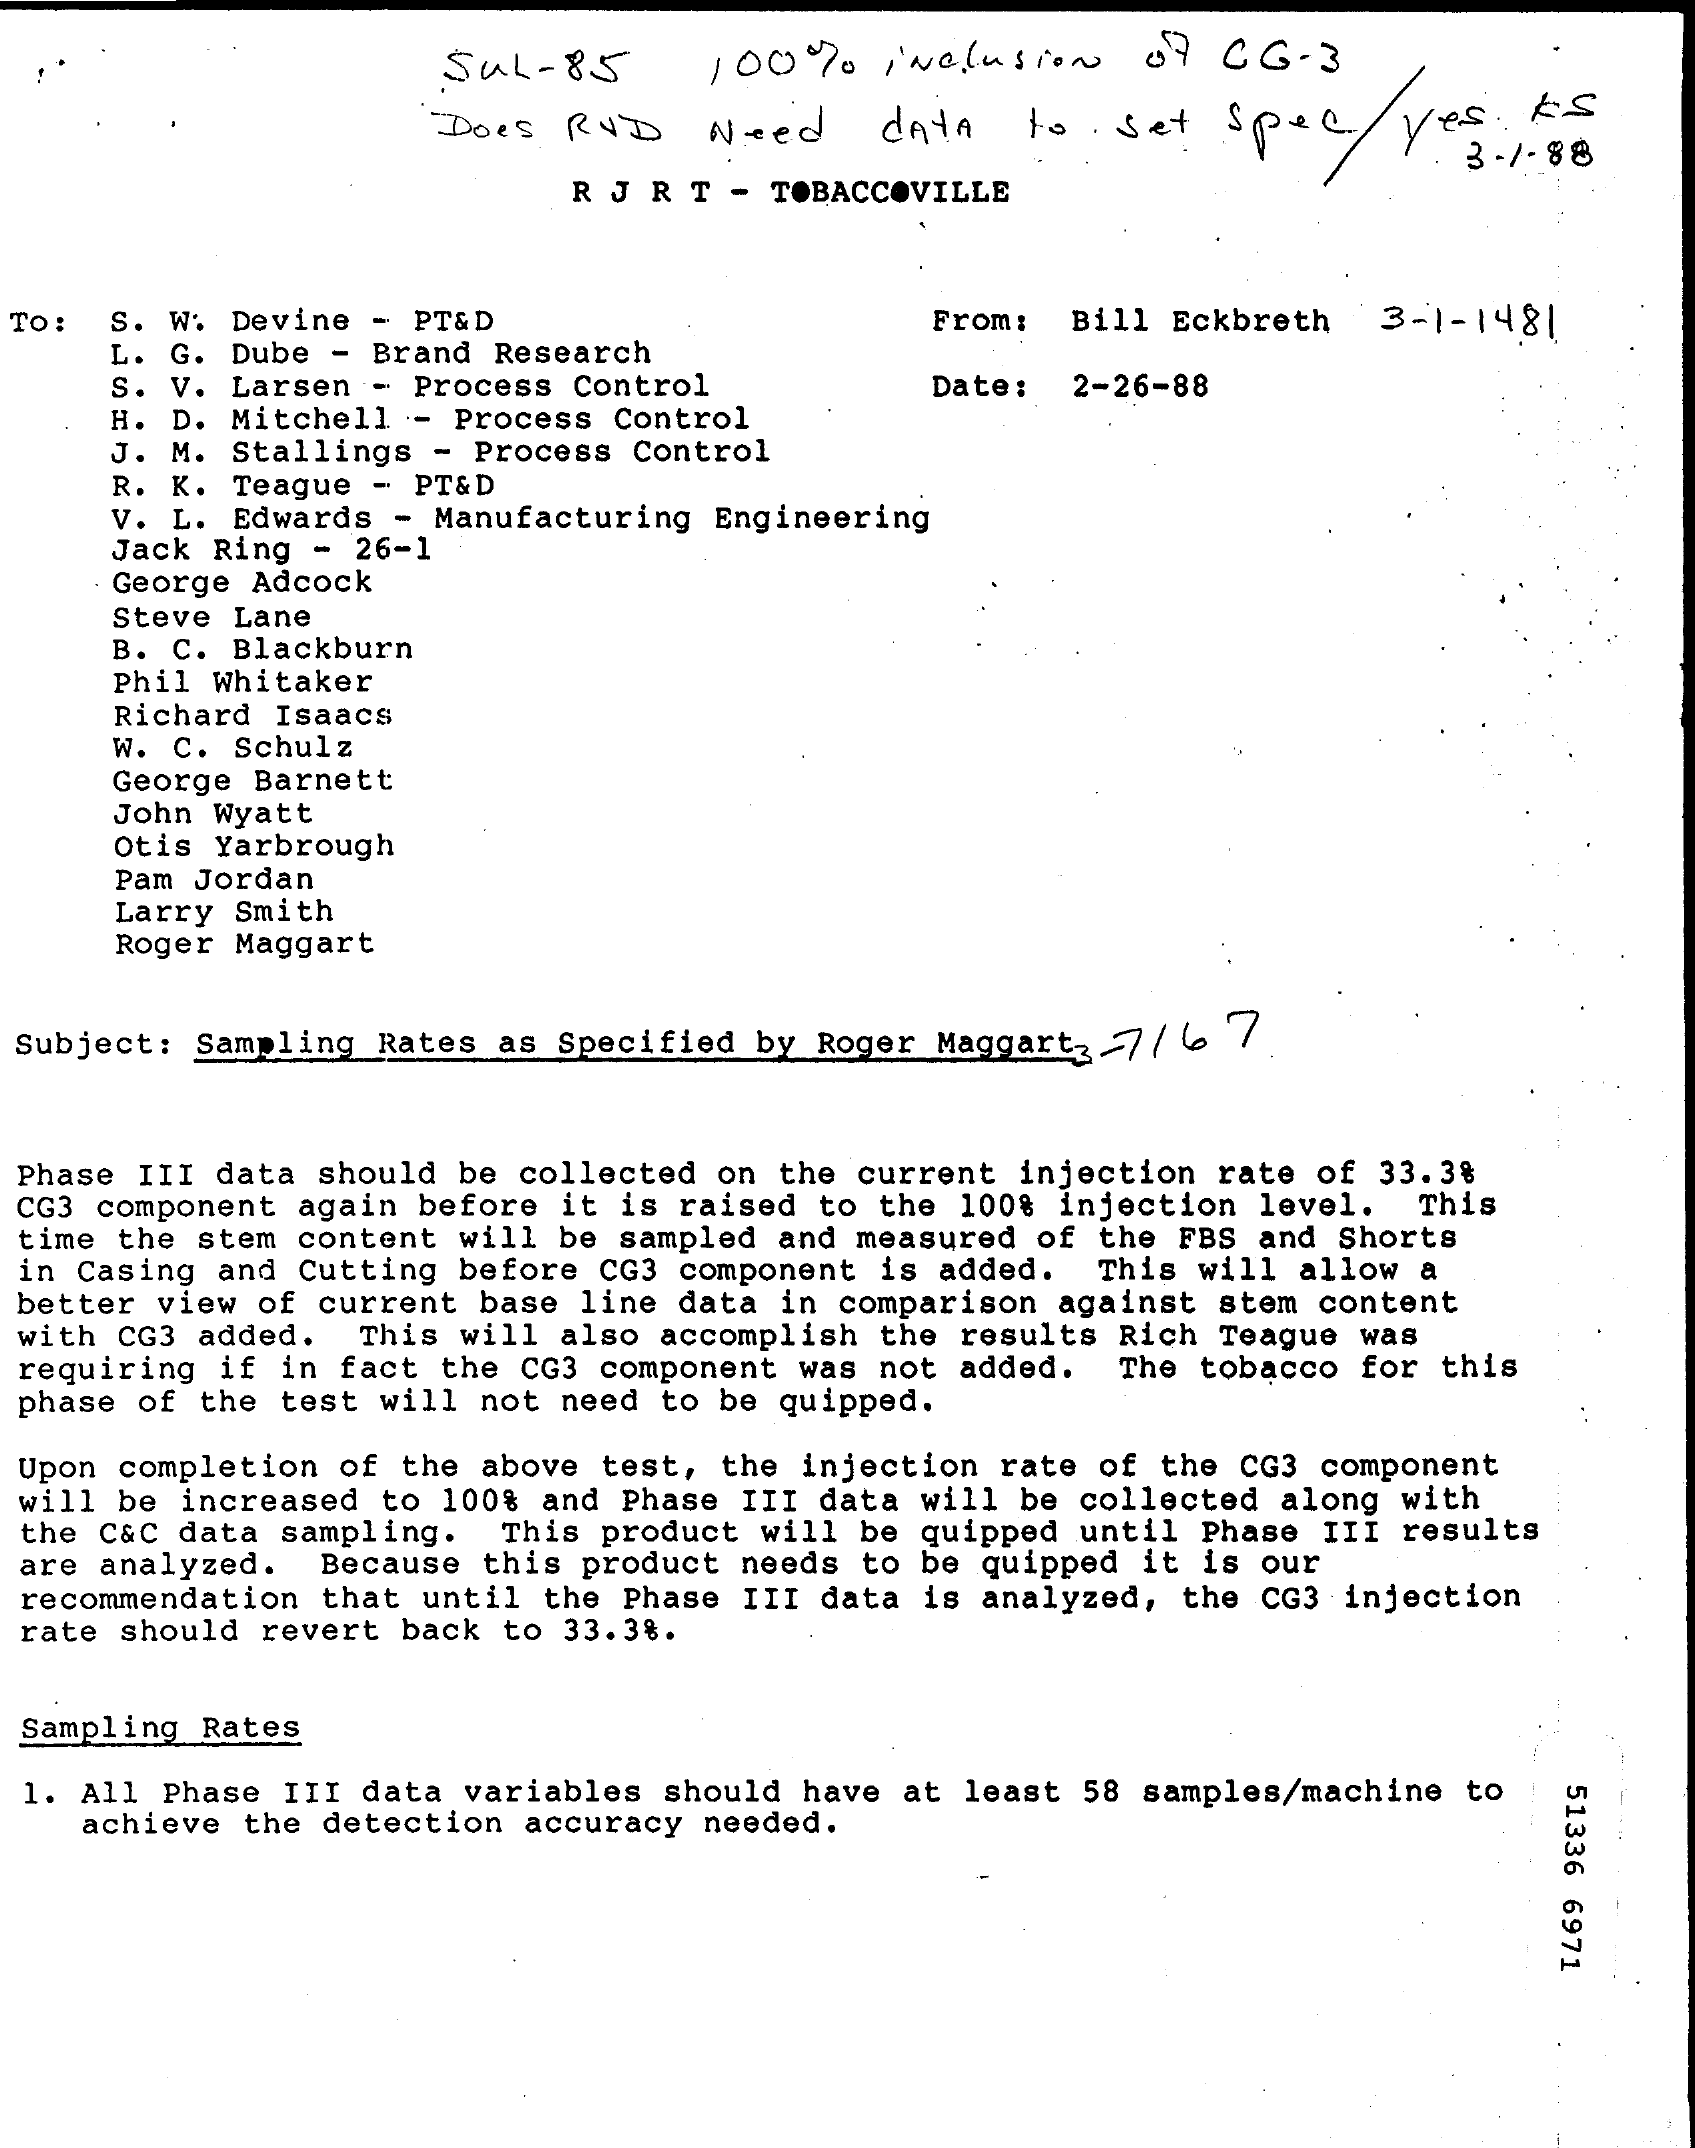
SUL- 85    100%    inclusion  of CG  - 3
     Does RYD   Need    dAtA  to  set spec    yes. AS
     . 3-1-88
     R J R T - TOBACCOVILLE
  TO : W. Devine - PT&D    From: Bill Eckbreth 3-1-1481
     L. G. Dube - Brand Research
     S.
     S. V. Larsen - Process Control
     H. D. Mitchell - Process Control
     Date: 2-26-88
     J. M. Stallings - Process Control
     R. K. Teague - PT&D
     V. L. Edwards - Manufacturing Engineering
     Jack Ring - 26-1
     George Adcock
     Steve Lane
     B. C. Blackburn
     Phil Whitaker
     Richard Isaacs
     W. C. Schulz
     George Barnett
     John Wyatt
     Otis Yarbrough
     Pam Jordan
     Larry Smith
     Roger Maggart
  Subject: Sampling Rates as Specified by Roger Maggart, 7/ 6 7
  Phase III data should be collected on the current injection rate of 33.3%
  CG3 component again before it is raised to the 100% injection level. This
  time the stem content will be sampled and measured of the FBS and Shorts
  in Casing and Cutting before CG3 component is added. This will allow a
  better view of current base line data in comparison against stem content
  with CG3 added. This will also accomplish the results Rich Teague was
  requiring if in fact the CG3 component was not added.
  phase of the test will not need to be quipped.
     The tobacco for this
  Upon completion of the above test, the injection rate of the CG3 component
  will be increased to 100% and Phase III data will be collected along with
  the C&C data sampling. This product will be quipped until Phase III results
  recommendation that until the Phase III data is analyzed, the CG3 injection
  are analyzed. Because this product needs to be quipped it is our
  rate should revert back to 33.38.
  Sampling Rates
  1. All Phase III data variables should have at least 58 samples/machine to
     51336
     6971
    achieve the detection accuracy needed.